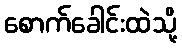
စောက်ခေါင်းထဲသို့